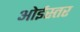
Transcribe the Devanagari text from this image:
ओईस्तर